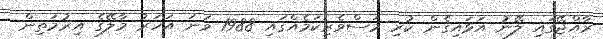
ރާއްޖޭގައި ލޭނު އަޅައިގެން ކުރި މަސްވެރިކަމެއްގައި 1988 ވަނަ އަހަރު މާލޭގެ އިރުމަތިން